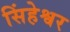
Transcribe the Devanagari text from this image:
सिंहेश्वर